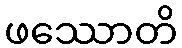
ဖဿောတိ